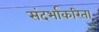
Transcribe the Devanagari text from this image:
संदर्भाकरिता